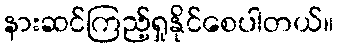
နားဆင်ကြည့်ရှုနိုင်စေပါတယ်။